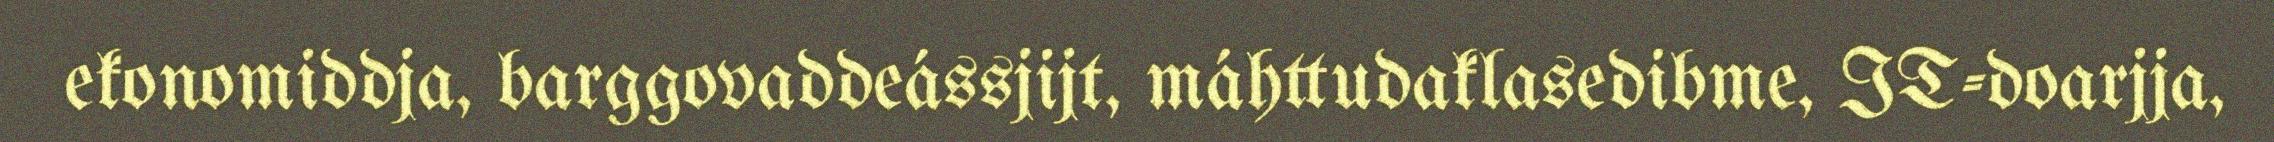
ekonomiddja, barggovaddeássjijt, máhttudaklasedibme, IT-doarjja,